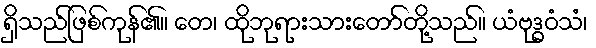
ရှိသည်ဖြစ်ကုန်၏။ တေ၊ ထိုဘုရားသားတော်တို့သည်။ ယံဗုဒ္ဓဝံသံ၊